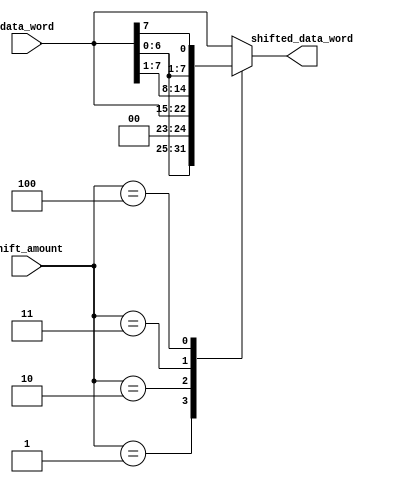
module BarrelShifter (
    input [7:0] data_word,
    input [3:0] shift_amount,
    output reg [7:0] shifted_data_word
);

reg [7:0] shifted_data_word_temp;

always @(*) begin
    case(shift_amount)
        4'b0000: shifted_data_word_temp = data_word; // no shift
        4'b0001: shifted_data_word_temp = data_word << 1; // left shift by 1
        4'b0010: shifted_data_word_temp = data_word >> 1; // right shift by 1
        4'b0011: shifted_data_word_temp = {data_word[0], data_word[7:1]}; // circular shift to the right by 1
        4'b0100: shifted_data_word_temp = {data_word[6:0], data_word[7]}; // circular shift to the left by 1
        // Add more cases for different shift operations as needed
        default: shifted_data_word_temp = data_word; // default to no shift
    endcase
end

assign shifted_data_word = shifted_data_word_temp;

endmodule